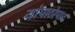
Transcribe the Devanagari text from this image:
यांपाठोपाठ